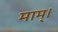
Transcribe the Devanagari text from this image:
माम्।